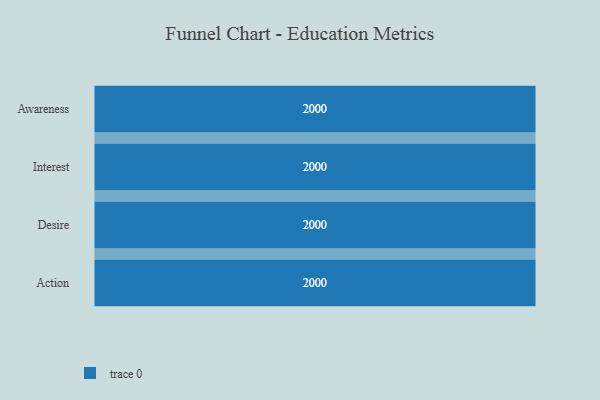
{"axis": {"x": "Stage", "y": "Value"}, "legend": [""], "data": [{"x": "Awareness", "y": 2000, "type": ""}, {"x": "Interest", "y": 2000, "type": ""}, {"x": "Desire", "y": 2000, "type": ""}, {"x": "Action", "y": 2000, "type": ""}]}